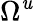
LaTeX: \Omega^{\mathit{u}}